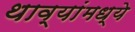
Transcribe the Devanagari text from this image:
थाव्यांमध्ये